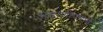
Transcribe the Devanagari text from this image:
अडाणीपणाचे